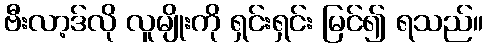
ဗီးလာ့ဒ်လို လူမျိုးကို ရှင်းရှင်း မြင်၍ ရသည်။